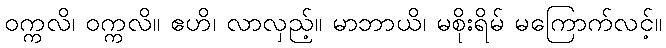
ဝက္ကလိ၊ ဝက္ကလိ။ ဧဟိ၊ လာလှည့်။ မာဘာယိ၊ မစိုးရိမ် မကြောက်လင့်။